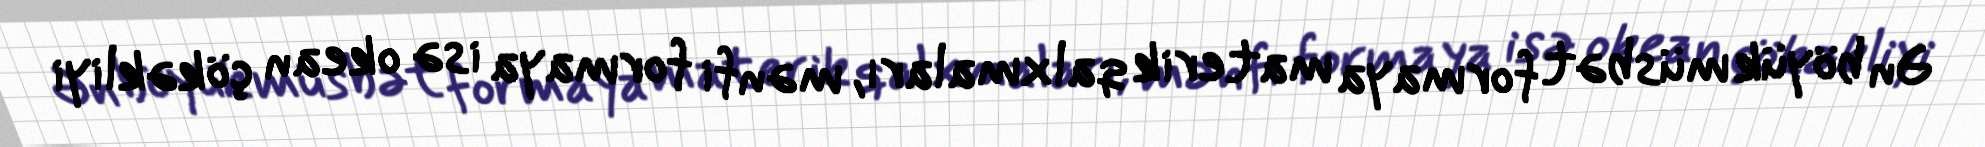
Ən böyük müsbət formaya materik qalxmaları, mənfi formaya isə okean çökəkliyi